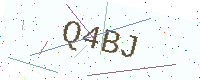
Text: Q4BJ